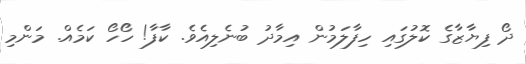
ދޯ ފިޔާޒާގެ ކޮލުގައި ހިފާލަމުން އިމާދު ބުނެލިއެވެ. ކާފާ! ހޯހޯ ކަމެއް. މަންމި